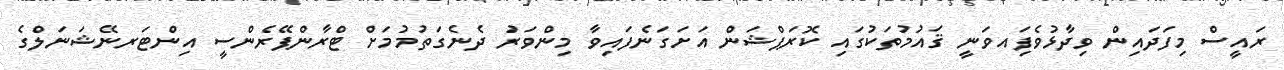
ރައީސް މިފަދައިން ވިދާޅުވެފަިއވަނީ ޤައުމުތަކުގައި ކޮރަޕްޝަން އަށަގަނެފައިވާ މިންވަރު ދެނެގަތުމުމަށް ޓްރާންޕޭރެންސީ އިންޓަރނޭޝަނަލްގެ